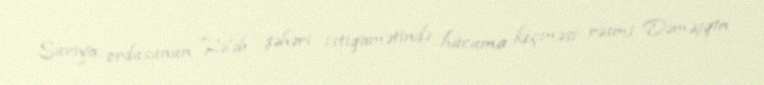
Suriya ordusunun Hələb şəhəri istiqamətində hücuma keçməsi rəsmi Dəməşqin